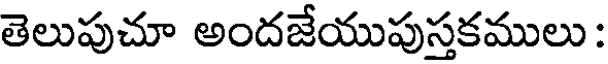
తెలుపుచూ అందజేయుపుస్తకములు :